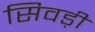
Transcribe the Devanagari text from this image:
सिवड़ी